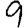
Digit: 9